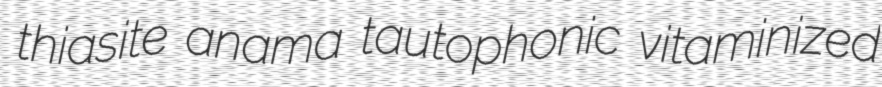
thiasite anama tautophonic vitaminized